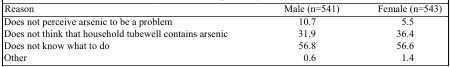
<table><thead><tr><td><b>Reason</b></td><td><b>Male (n=541)</b></td><td><b>Female (n=543)</b></td></tr></thead><tbody><tr><td>Does not perceive arsenic to be a problem</td><td>10.7</td><td>5.5</td></tr><tr><td>Does not think that household tubewell contains arsenic</td><td>31.9</td><td>36.4</td></tr><tr><td>Does not know what to do</td><td>56.8</td><td>56.6</td></tr><tr><td>Other</td><td>0.6</td><td>1.4</td></tr></tbody></table>